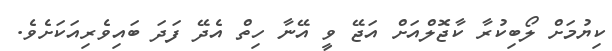
ކިޔުމަށް ލޯބިކުރާ ކާޖޮލްއަށް އަޖޭ ވީ އޭނާ ހިތް އެދޭ ފަދަ ބައިވެރިއަކަށެވެ.